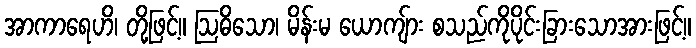
အာကာရေဟိ၊ တို့ဖြင့်။ ဩဓိသော၊ မိန်းမ ယောကျ်ား စသည်ကိုပိုင်းခြားသောအားဖြင့်။